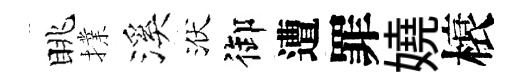
眺擈溪洑御遭罪嬈榱